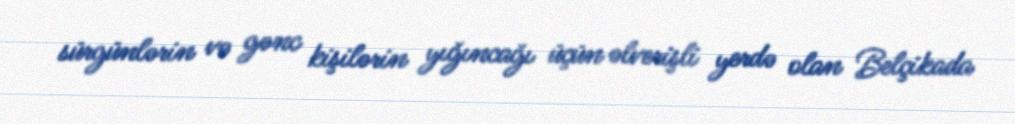
sürgünlərin və gənc kişilərin yığıncağı üçün əlverişli yerdə olan Belçikada